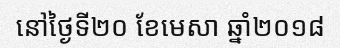
នៅថ្ងៃទី២០ ខែមេសា ឆ្នាំ២០១៨